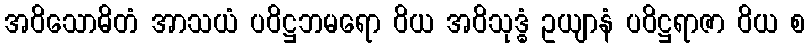
အဝိသောဓိတံ အာသယံ ပဝိဋ္ဌဘမရော ဝိယ အဝိသုဒ္ဓံ ဥယျာနံ ပဝိဋ္ဌရာဇာ ဝိယ စ